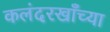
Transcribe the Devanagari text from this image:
कलंदरखाँच्या